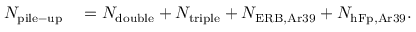
\begin{array} { r l } { N _ { \mathrm { p i l e - u p } } } & { { } = N _ { \mathrm { d o u b l e } } + N _ { \mathrm { t r i p l e } } + N _ { \mathrm { E R B , A r 3 9 } } + N _ { \mathrm { h F p , A r 3 9 } } . } \end{array}